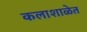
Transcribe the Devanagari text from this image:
कलाशाळेत